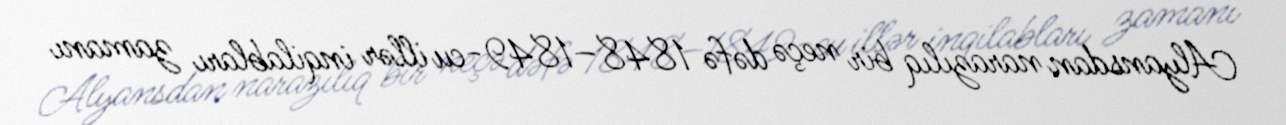
Alyansdan narazılıq bir neçə dəfə 1848–1849-cu illər inqilabları zamanı